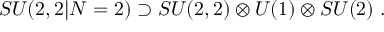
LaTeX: S U ( 2 , 2 | N = 2 ) \supset S U ( 2 , 2 ) \otimes U ( 1 ) \otimes S U ( 2 ) \ .